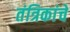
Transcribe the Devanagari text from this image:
तंत्रिकांचे